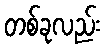
တစ်ခုလည်း